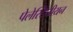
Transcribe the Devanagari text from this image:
पेलेस्टिनीयन